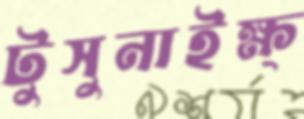
টুসুনাইক্ষ্